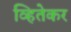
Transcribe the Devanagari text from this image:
व्हितेकर